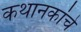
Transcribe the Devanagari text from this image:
कथानकांचे